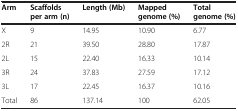
<table><thead><tr><td><b>Arm</b></td><td><b>Scaffolds per arm (n)</b></td><td><b>Length (Mb)</b></td><td><b>Mapped genome (%)</b></td><td><b>Total genome (%)</b></td></tr></thead><tbody><tr><td>X</td><td>9</td><td>14.95</td><td>10.90</td><td>6.77</td></tr><tr><td>2R</td><td>21</td><td>39.50</td><td>28.80</td><td>17.87</td></tr><tr><td>2L</td><td>15</td><td>22.40</td><td>16.33</td><td>10.14</td></tr><tr><td>3R</td><td>24</td><td>37.83</td><td>27.59</td><td>17.12</td></tr><tr><td>3L</td><td>17</td><td>22.45</td><td>16.37</td><td>10.16</td></tr><tr><td>Total</td><td>86</td><td>137.14</td><td>100</td><td>62.05</td></tr></tbody></table>